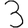
Digit: 3